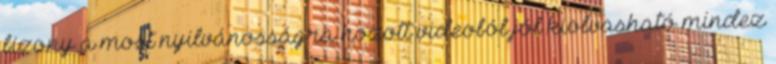
bizony a most nyilvánosságra hozott videoból jól kiolvasható mindez